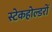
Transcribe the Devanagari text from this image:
स्टेकहोल्डरों